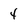
Character: 4